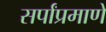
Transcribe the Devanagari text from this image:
सर्पांप्रमाणे